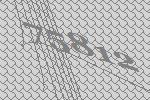
75812